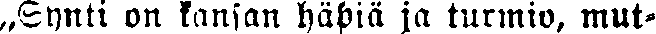
„Synti on kansan häpiä ja turmio, mut-